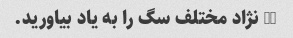
10 نژاد مختلف سگ را به یاد بیاورید.